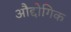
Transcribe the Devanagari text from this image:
औद्दोगिक